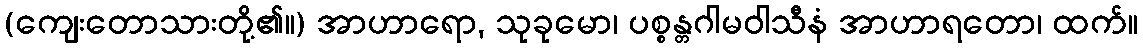
(ကျေးတောသားတို့၏။) အာဟာရော, သုခုမော၊ ပစ္စန္တဂါမဝါသီနံ အာဟာရတော၊ ထက်။